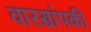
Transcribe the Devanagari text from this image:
वारसांपकी